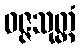
ဝဇ္ဇသုတ္တံ